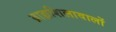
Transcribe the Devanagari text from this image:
ब्राह्मशिलावालों